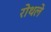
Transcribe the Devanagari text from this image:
रोथले